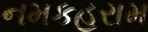
નમકહરામ